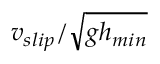
v _ { s l i p } / \sqrt { g h _ { m i n } }